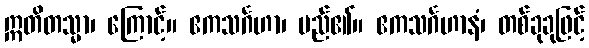
ဣတိတသ္မာ၊ ကြောင့်။ ဧကသင်္ဂဟာ၊ မည်၏။ ဧကသင်္ဂဟာနံ၊ တစ်ခုခုဖြင့်